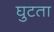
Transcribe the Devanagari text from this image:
घुटता